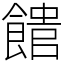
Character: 𩝡